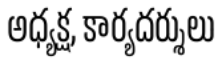
అధ్యక్ష, కార్యదర్శులు